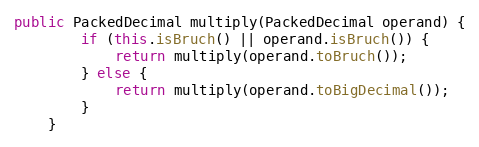
Language: Java
public PackedDecimal multiply(PackedDecimal operand) {
        if (this.isBruch() || operand.isBruch()) {
            return multiply(operand.toBruch());
        } else {
            return multiply(operand.toBigDecimal());
        }
    }